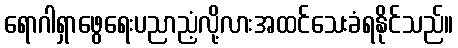
ရောဂါရှာဖွေရေးပညာညံ့လို့လားအထင်သေးခံရနိုင်သည်။